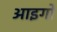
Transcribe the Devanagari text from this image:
आइगो